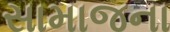
સામાજના